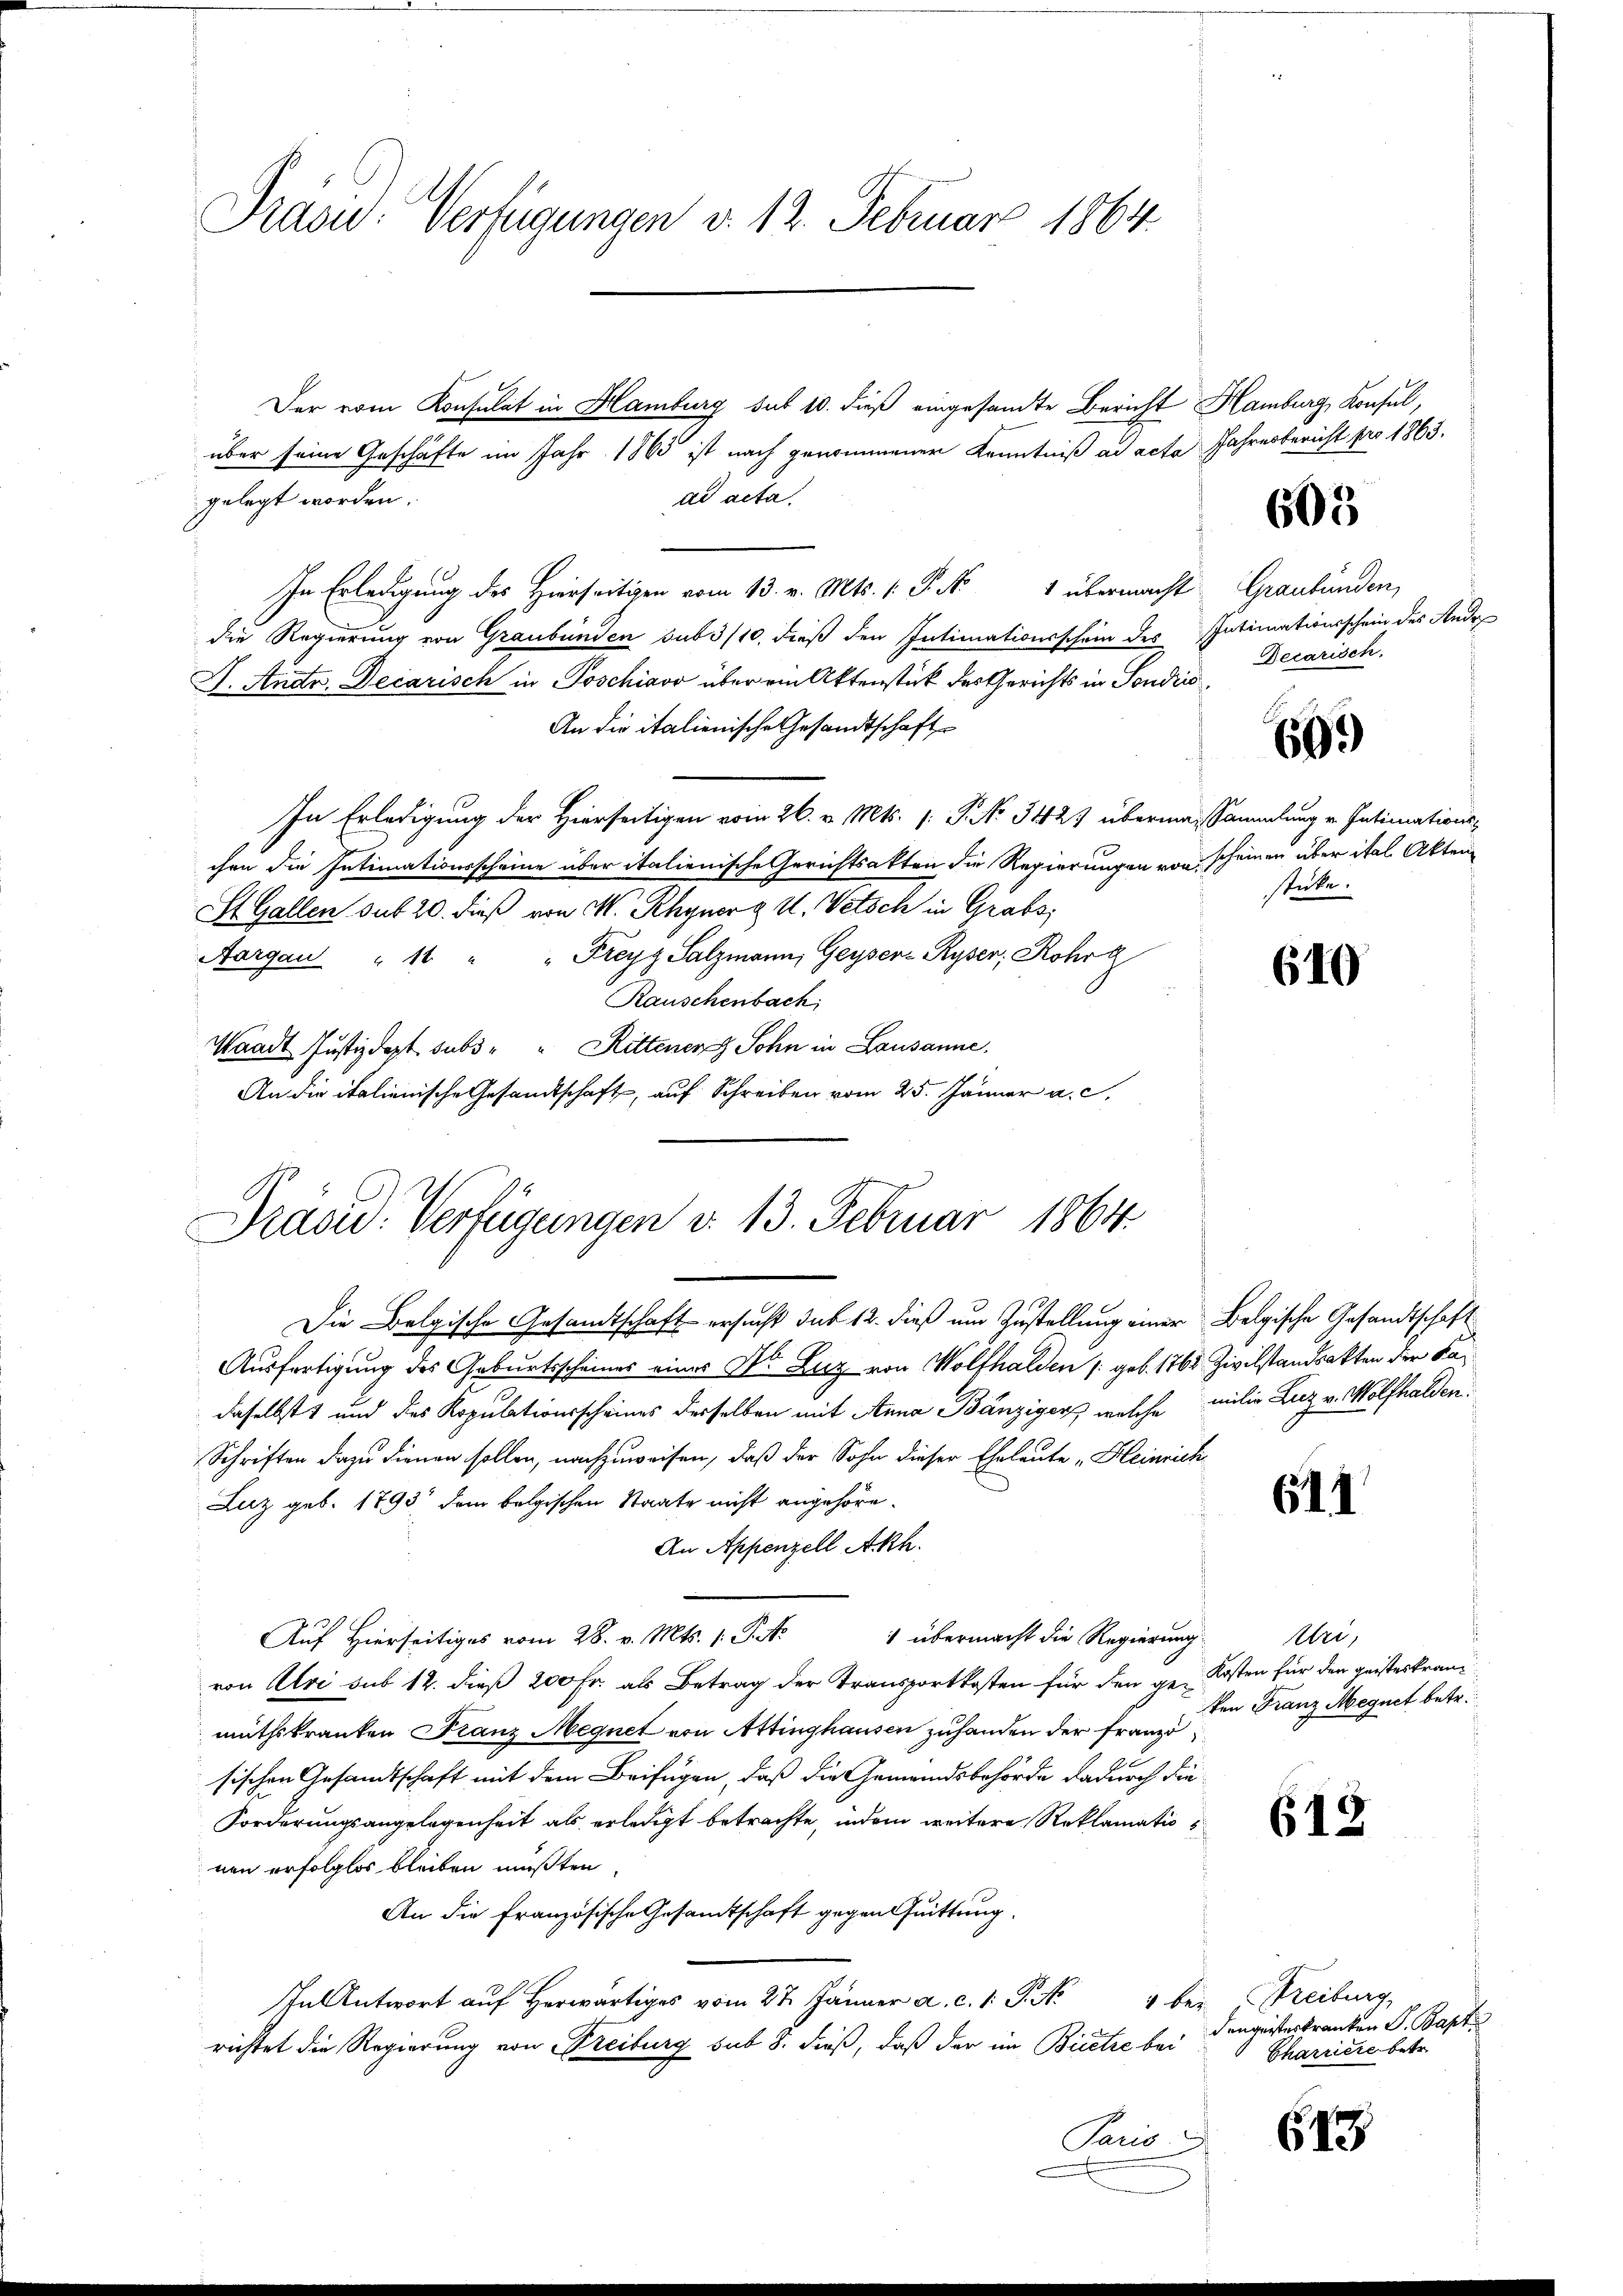
Präsid. Verfügungen v. 12. Februar 1864.

über seine Geschäfte im Jahr 1865 ist nach genommener Kenntniß ad acta Jahresbericht pro 1863.
ad acta.
gelegt worden.
In Erledigung des Hierseitigen vom 13. v. Mts. v. P. No 1 übermacht. Graubünden,
die Regierung von Graubünden sub 3/10, dieß den Intimationsschein des Intimationsschein des Ande¬
J. Anstr. Decarisch in Poschiavo über ein Aktenstück des Gerichts in Sondico
An die italienische Gesandtschaft
In Erledigung der Hierseitigen vom 26. v. Mts. (: P. No 3427 überman Sammlung v. Intimationschen die Intimationsscheine über italienische Gerichtsakten die Regierungen von scheinen über ital. Akten¬
St. Gallen sub 20. dieß von M. Rhyner a u. Vetsch in Grabs,
Aargau " 14 " " Freyz Salzmann, Geysers Ryser, Rohra
Rauschenbach,
Waadt Justizdept subs " " Rittener Sohn in Lausanne.
An die italienische Gesandtschaft, auf Schreiben vom 25. Jänner a. c.

Der vom Konsulat in Hamburg sub 10. dieß eingesamte Bericht Hamburg, Konsul,

Präsid. Verfügungen d. 13. Februar 1864.

Die Belgische Gesandtschaft ersucht sub 12. dieß um Zustellung einer Belgische Gesandtschaft
Ausfertigung des Geburtsscheines eines Dr. Luz von Wolfhalden /: geb. 1762 Zivilstandsakten der Kadaselbst und des Kopulationsscheines derselben mit Anna Bänzigen, welche milie Luz v. Wolfhalden
Schriften dazu dienen sollen, nachzuweisen, daß der Sohn dieser Eheleute „Heinrich
Luz geb. 1793 dem belgischen Staate nicht angehöre.
An Appenzell Akh.
Auf Hierseitiges vom 28. v. Mts. 1 S. 1 übermacht die Regierung
von Uri sub 12. dieß 200 Fr. als Betrag der Transportkosten für den ge-Kosten für den geisteskranmuthskranken Franz Megnet von Attinghausen zuhanden der Franzö
sischen Gesandtschaft mit dem Beifügen, daß die Gemeindsbehörde dadurch die
Forderungsangelegenheit als erledigt betrachte, indem weitere Reklamatio
nen erfolglos bleiben müßten.
An die Französische Gesamtschaft gegen Quittung.
In Antwort auf Herwärtiges vom 27. Jänner a. c. 1. J. No
1 bei
richtet die Regierung von Breiburg sub 8. dieß, daß der im Bietze bei
Paris

603

Decarisch.

609)

stücke.

610

611

Uri,
ken Franz Megnet betr.

Freiburg,
Dengeisterkranken S. Bapt.
Charriere betr.

613